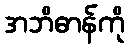
အဘိဓာန်ကို